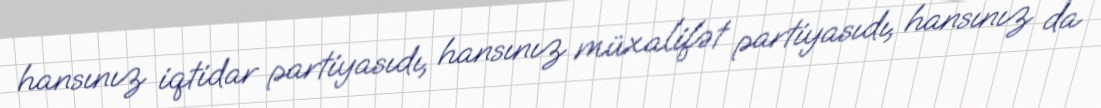
hansınız iqtidar partiyasıdı, hansınız müxalifət partiyasıdı, hansınız da